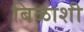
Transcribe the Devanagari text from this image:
बिळाशी